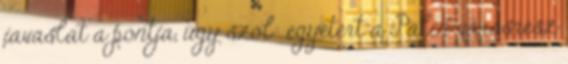
javaslat a pontja, úgy szól: egyetért a Palin városrész